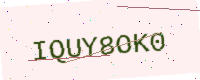
Text: IQUY8OK0